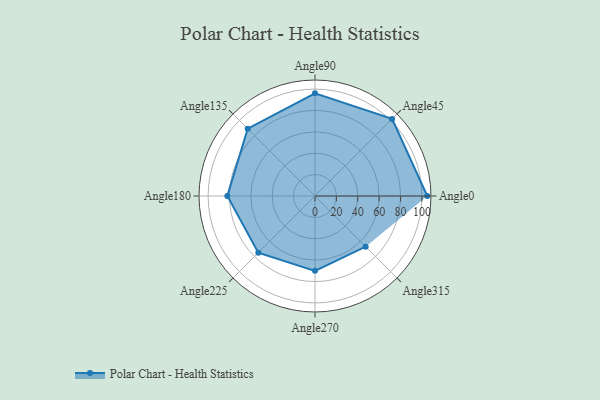
{"axis": {"x": "Angle", "y": "Radius"}, "legend": [""], "data": [{"x": "Angle0", "y": 105.0, "type": ""}, {"x": "Angle45", "y": 102.0, "type": ""}, {"x": "Angle90", "y": 96.0, "type": ""}, {"x": "Angle135", "y": 89.0, "type": ""}, {"x": "Angle180", "y": 82.0, "type": ""}, {"x": "Angle225", "y": 75.0, "type": ""}, {"x": "Angle270", "y": 70.0, "type": ""}, {"x": "Angle315", "y": 67.0, "type": ""}]}